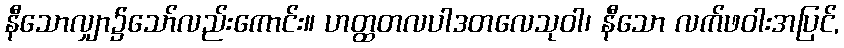
နီသောလျှာ၌သော်လည်းကောင်း။ ဟတ္ထတလပါဒတလေသုဝါ၊ နီသော လက်ဖဝါးအပြင်,